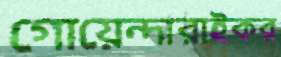
গোয়েন্দারাইকর